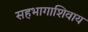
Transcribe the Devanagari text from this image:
सहभागाशिवाय